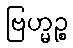
ဗြဟ္မဉ္စ